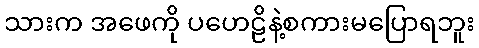
သားက အဖေကို ပဟေဠိနဲ့စကားမပြောရဘူး